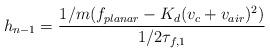
LaTeX: \begin{align*}h_{n-1} = \frac{1/m(f_{planar} - K_d (v_c + v_{air})^2)}{1/2 \tau_{f,1}}\end{align*}